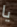
يا